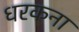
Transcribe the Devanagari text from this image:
धरकना